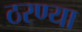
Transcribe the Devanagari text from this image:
ठरण्या